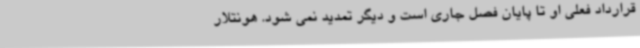
قرارداد فعلی او تا پایان فصل جاری است و دیگر تمدید نمی شود. هونتلار